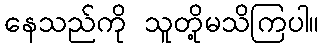
နေသည်ကို သူတို့မသိကြပါ။